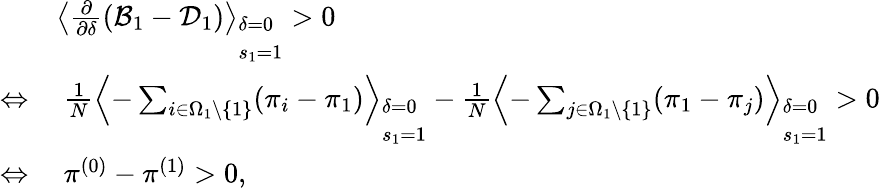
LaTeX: \begin{array}{rl}&{\left\langle\frac{\partial}{\partial\delta}(\mathcal{B}_{1}-\mathcal{D}_{1})\right\rangle_{\begin{array}{l}{\delta=0}\\ {s_{1}=1}\end{array}}>0}\\ {\Leftrightarrow}&{~\frac{1}{N}\left\langle-\sum_{i\in\Omega_{1}\backslash\{ 1\} }(\pi_{i}-\pi_{1})\right\rangle_{\begin{array}{l}{\delta=0}\\ {s_{1}=1}\end{array}}-\frac{1}{N}\left\langle-\sum_{j\in\Omega_{1}\backslash\{ 1\} }(\pi_{1}-\pi_{j})\right\rangle_{\begin{array}{l}{\delta=0}\\ {s_{1}=1}\end{array}}>0}\\ {\Leftrightarrow}&{~\pi^{(0)}-\pi^{(1)}>0,}\end{array}